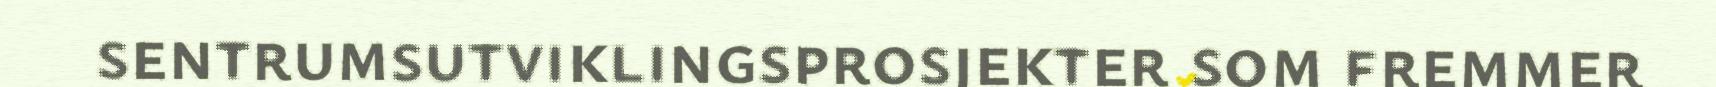
sentrumsutviklingsprosjekter som fremmer